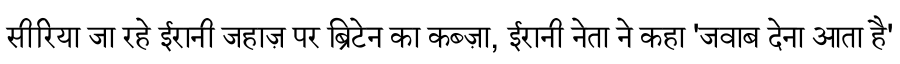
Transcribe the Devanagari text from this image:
सीरिया जा रहे ईरानी जहाज़ पर ब्रिटेन का कब्ज़ा, ईरानी नेता ने कहा 'जवाब देना आता है'